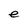
Character: e